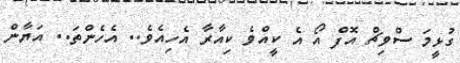
ގުޅީމަ ސްވިޗް އޮފް އޯ އެ ކީއްވެ ކިއާރާ އެހިއެވެ.. އެހެންތަ.. އަޔާން